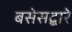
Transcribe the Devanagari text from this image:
बसेसद्बारे